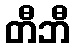
တီဘီ